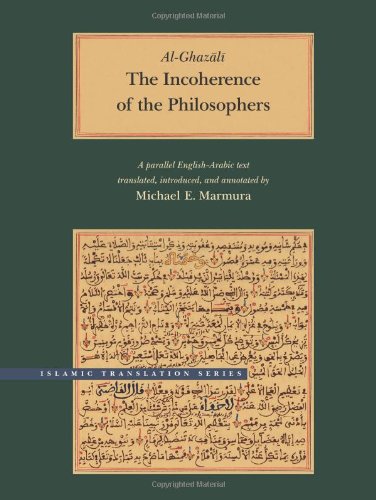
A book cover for The Incoherence of the Philosophers, 2nd Edition (Brigham Young University - Islamic Translation Series); Abu Hamid Muhammad al-Ghazali; Politics & Social Sciences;